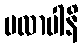
ပလာပါနိ